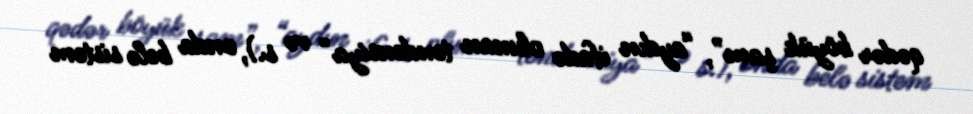
qədər böyük şam”, “aydın ifadə olunan tendensiya” və s.), onda belə sistem